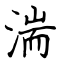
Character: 湍